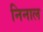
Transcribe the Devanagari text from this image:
निनाल